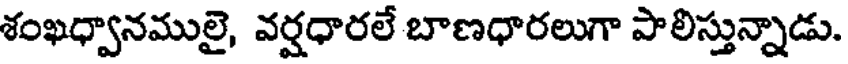
శంఖధ్వానములై, వర్షధారలే బాణధారలుగా పాలిస్తున్నాడు.